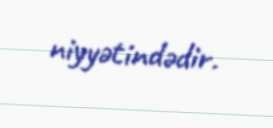
niyyətindədir.